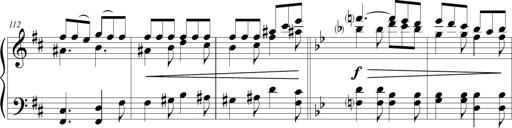
Title: Sonatina (Piano Sonata No.9)
Composer: Richard St. Clair